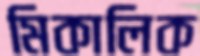
মিকালিক